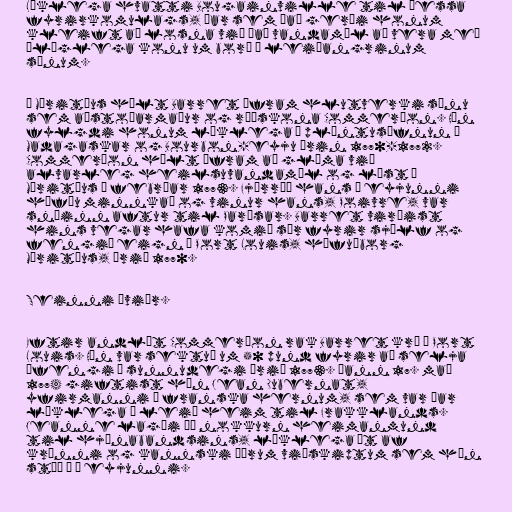
Líklega hvatti Bougainville til þessa
fyrirkomulags, þar sem það gerði honum
kleift að losna við það vandamál að vera með
ólöglega konu um borð í leiðangrinum
sínum.

Á Máritíus hélt Barret áfram hlutverki sínu
sem aðstoðarmaður og ráðskona Commerçon. Hún
fylgdi honum líklega í plöntusöfnun á
Madagaskar og Bourbon-eyju árin 1770-1772.
Commerçon hélt áfram að glíma við
alvarleg heilsuvandamál og lést á
Máritíus í febrúar 1773. Fjárráð hans á eyjunni
höfðu minnkað og vinur hans, Poivre, var
snúinn aftur til Parísar. Barret virðist
hins vegar hafa komið sér fyrir sjálf og
fengið eign í Port Louis, höfuðborg
Máritíus, árið 1770.

Seinni æviár.

Eftir andlát Commerçon rak Barret krá í Port
Louis. Hún var sektuð um 50 pund fyrir að selja
áfengi á sunnudegi árið 1773. Þann 17. maí
1774 giftist hún Jean Dubernat,
yfirmanni í franska hernum, sem var þar
líklega á leið heim til Frakklands.
Jeanne lagði þó nokkurn heimanmund
til hjónabandsins, líklega út af
kránni og kannski öðrum viðskiptum sem hún
stóð í á eyjunni.